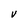
Character: V